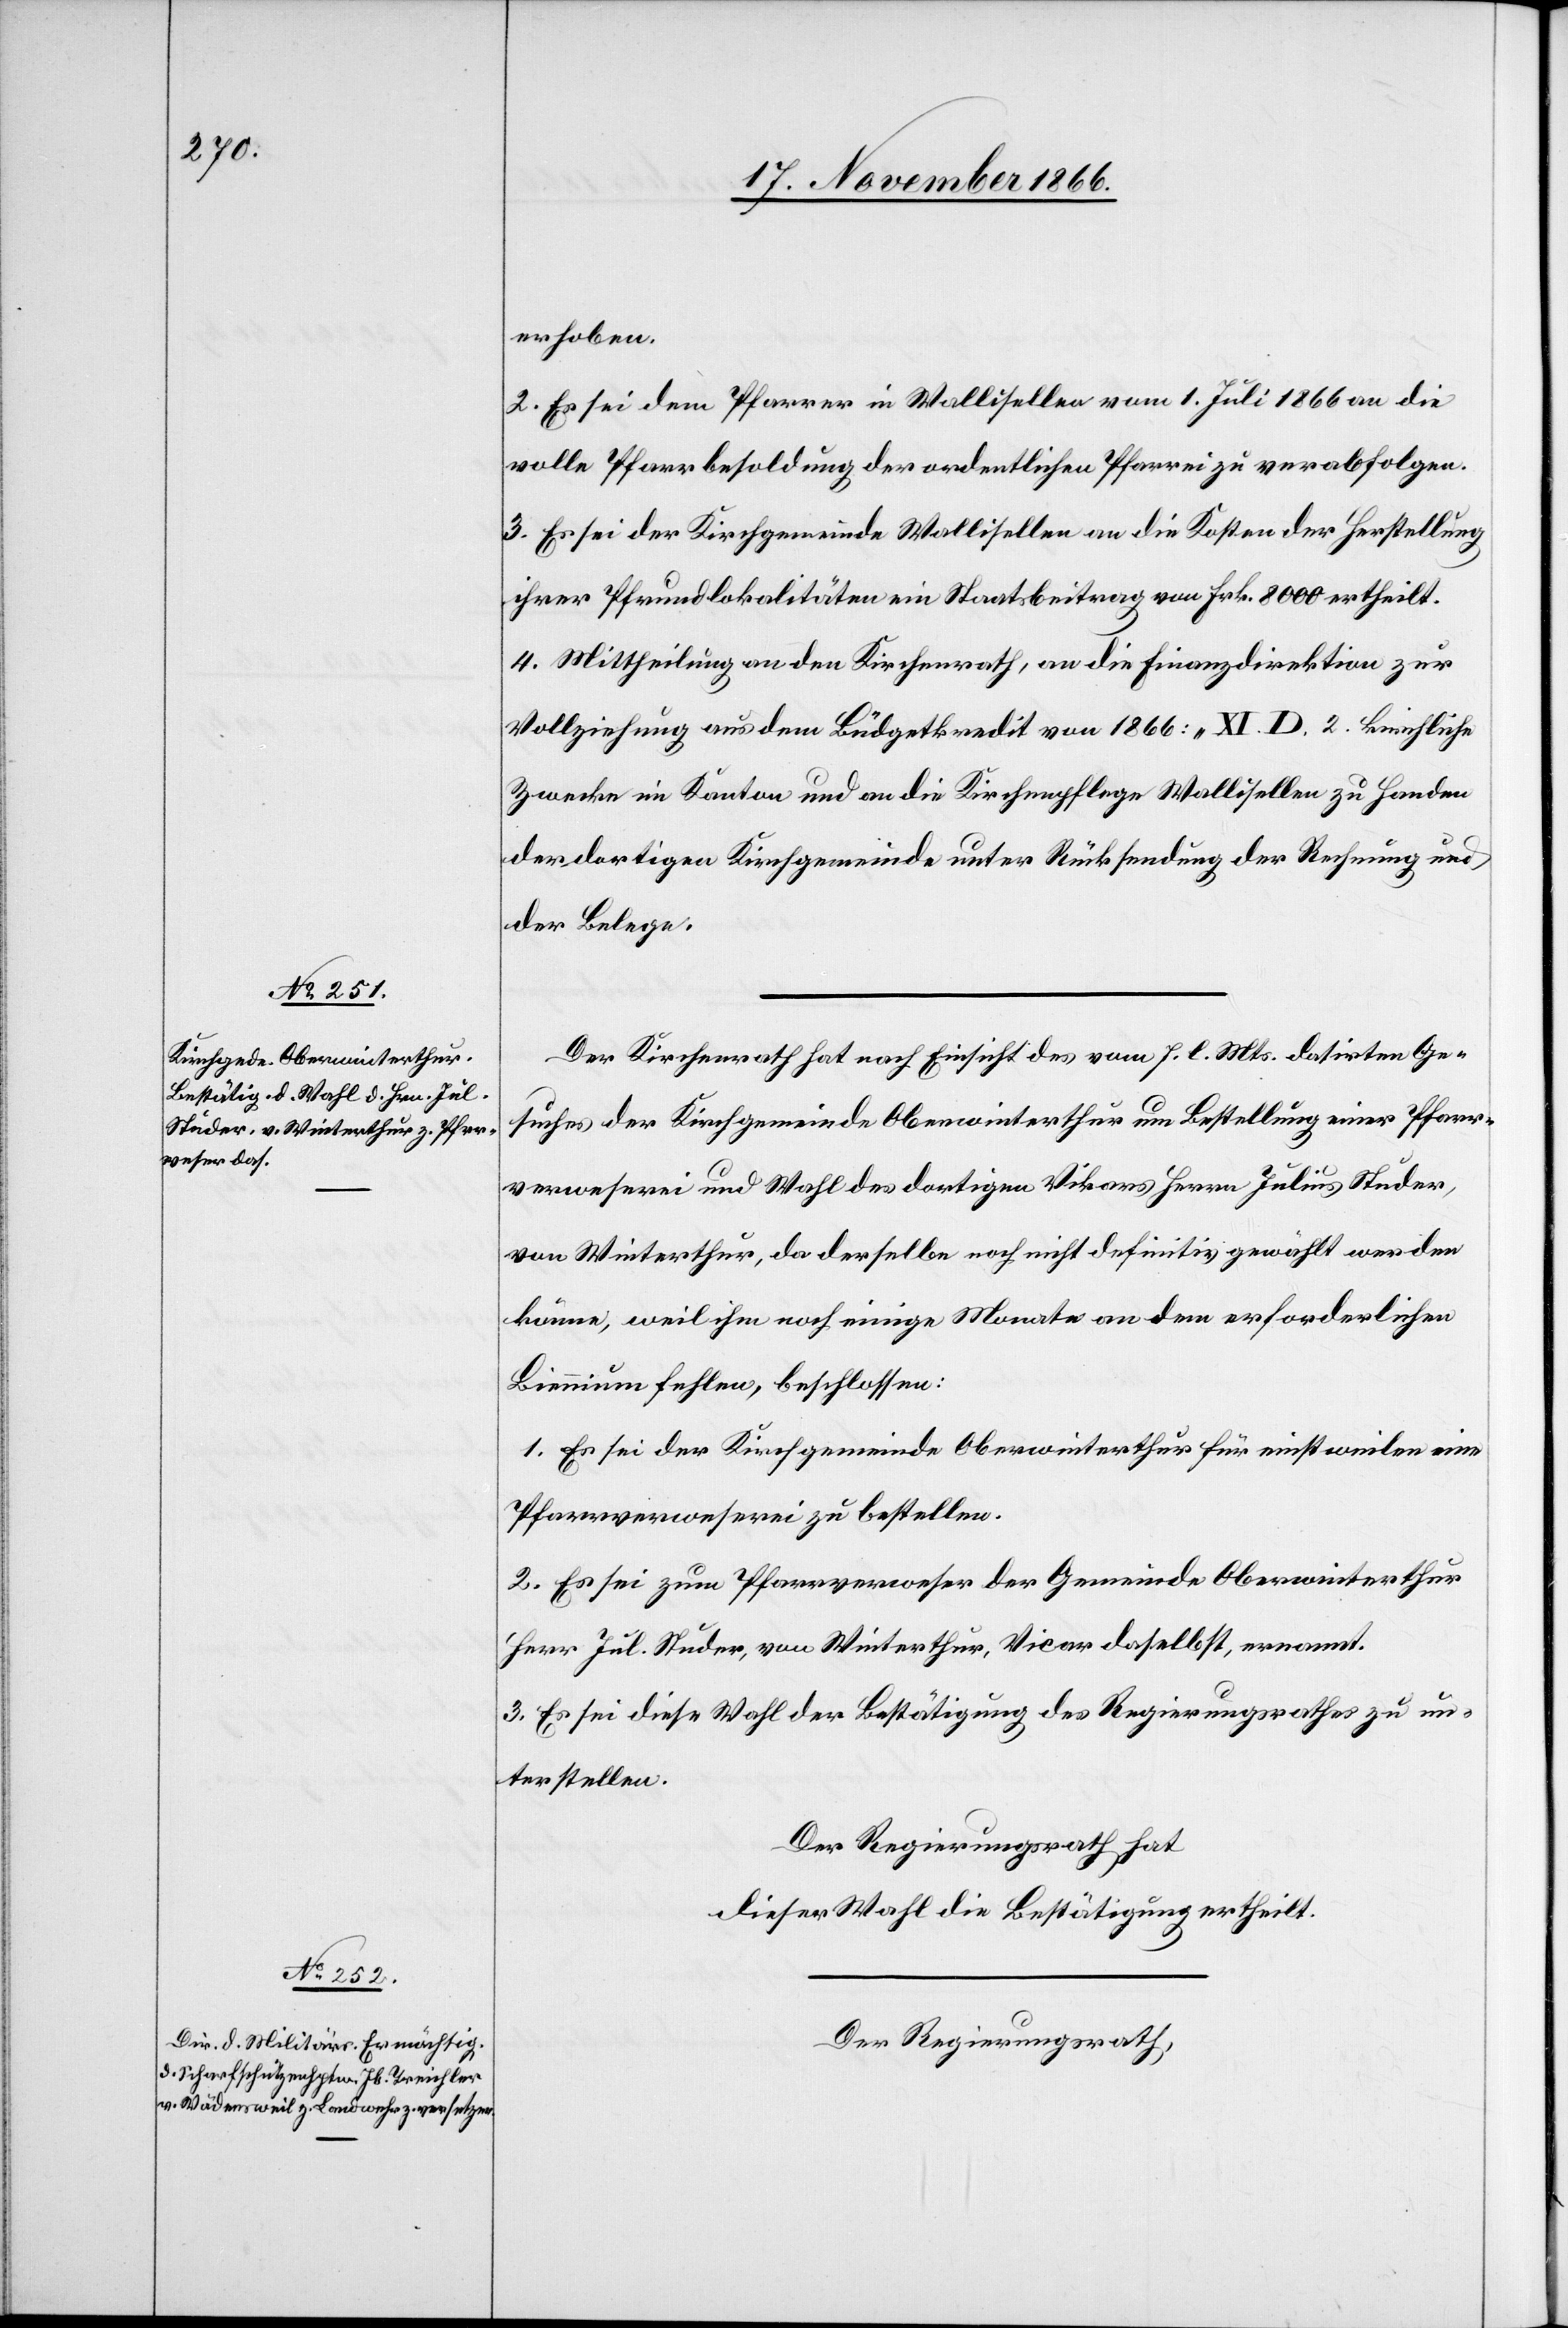
erhoben.
2. Es sei dem Pfarrer in Wallisellen vom 1. Juli 1866 an die
volle Pfarrbesoldung der ordentlichen Pfarrei zu verabfolgen.
3. Es sei der Kirchgemeinde Wallisellen an die Kosten der Herstellung
ihrer Pfrundlokalitäten ein Staatsbeitrag von Frk. 8000 ertheilt.
4. Mittheilung an den Kirchenrath, an die Finanzdirektion zur
Vollziehung aus dem Büdgetkredit von 1866: „XI. D. 2. kirchliche
Zwecke im Kanton“ und an die Kirchenpflege Wallisellen zu Handen
der dortigen Kirchgemeinde unter Rücksendung der Rechnung und
der Belege.
Der Kirchenrath hat nach Einsicht des vom 7. l. Mts. datirten Ge¬
suches der Kirchgemeinde Oberwinterthur um Bestellung einer Pfarr¬
verweserei und Wahl des dortigen Vikars Herrn Julius Studer,
von Winterthur, da derselbe noch nicht definitiv gewählt werden
könne, weil ihm noch einige Monate an dem erforderlichen
Biennium fehlen, beschlossen:
1. Es sei der Kirchgemeinde Oberwinterthur für einstweilen eine
Pfarrverweserei zu bestellen.
2. Es sei zum Pfarrverweser der Gemeinde Oberwinterthur
Herr Jul. Studer, von Winterthur, Vicar daselbst, ernannt.
3. Es sei diese Wahl der Bestätigung des Regierungsrathes zu un¬
terstellen.
Der Regierungsrath hat
dieser Wahl die Bestätigung ertheilt.
Der Regierungsrath,